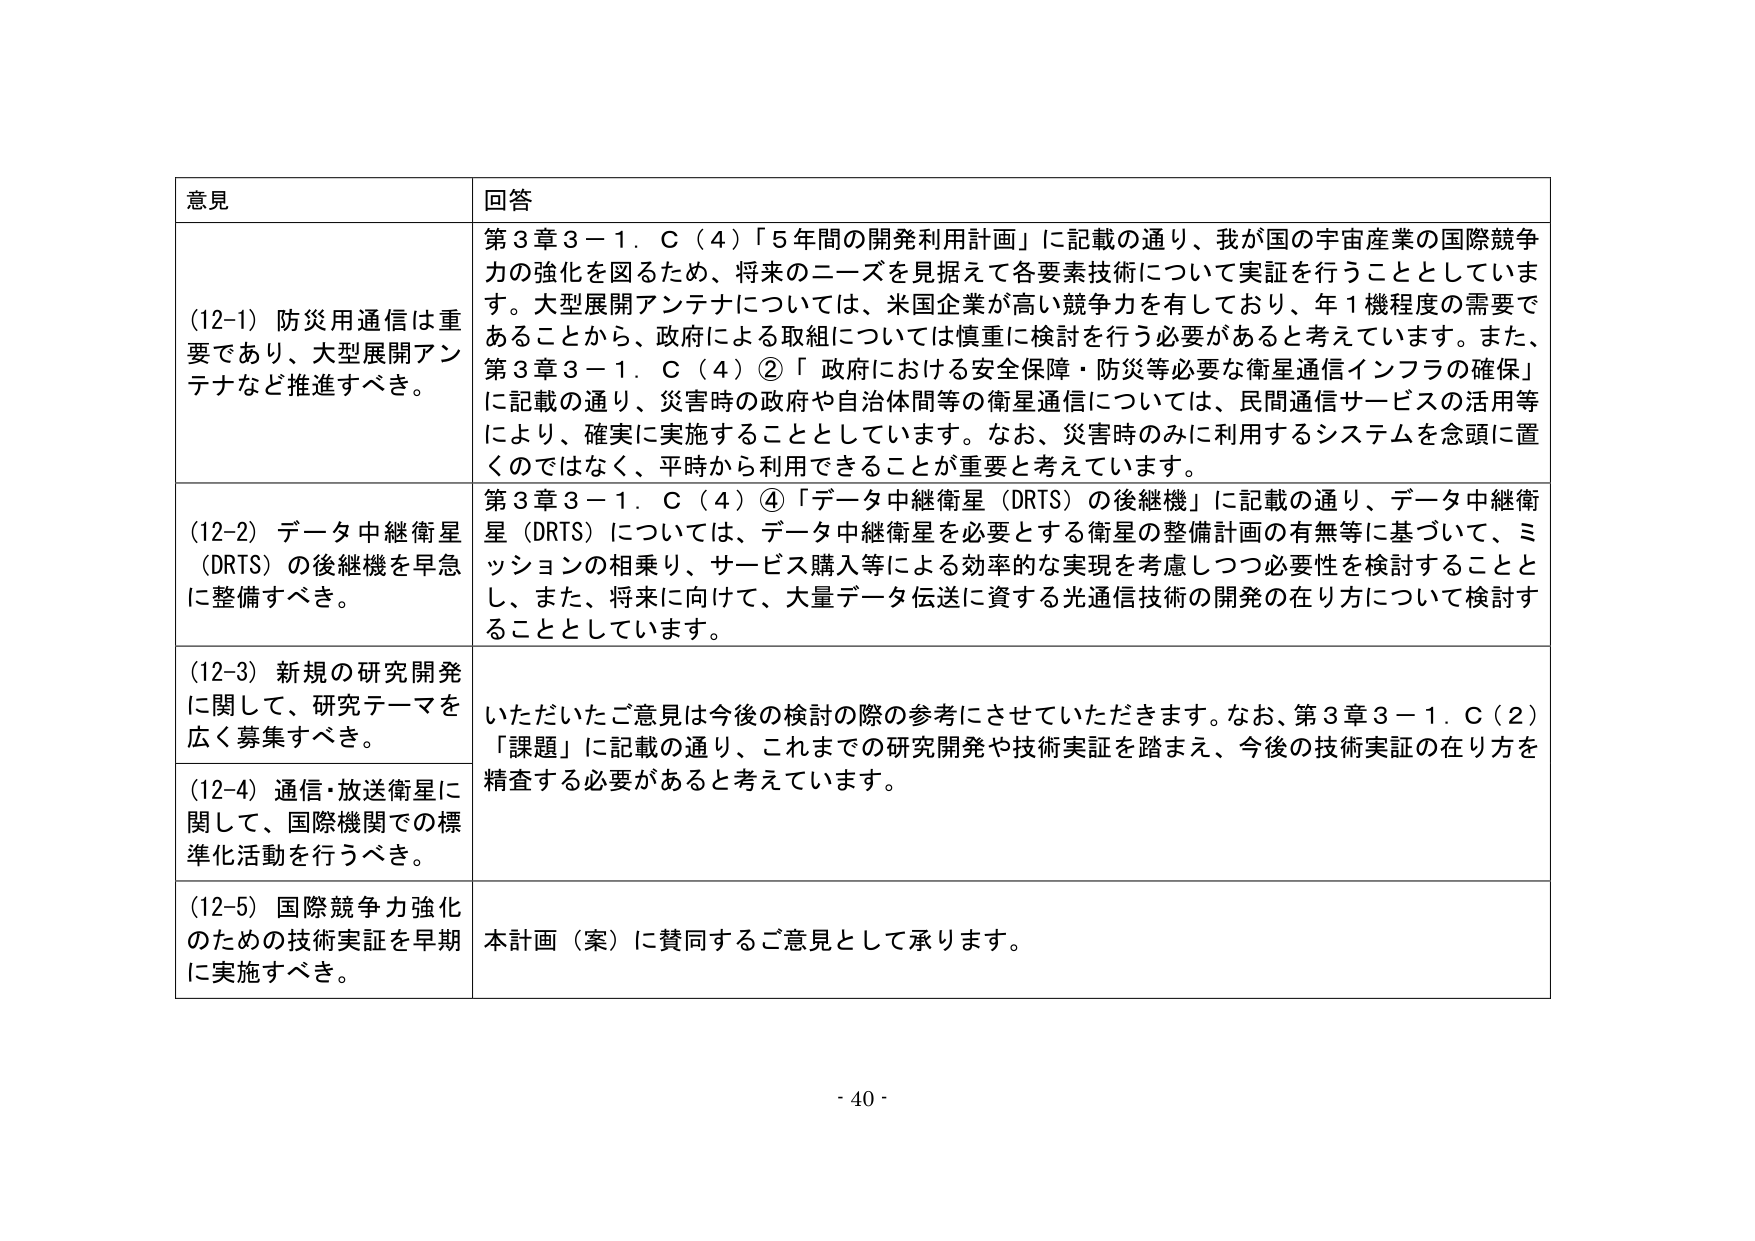
意見 回答
(12-1) 防災用通信は重要であり、大型展開アンテナなど推進すべき。
第3章3－1．C（4）「5年間の開発利用計画」に記載の通り、我が国の宇宙産業の国際競争力の強化を図るため、将来のニーズを見据えて各要素技術について実証を行うこととしています。大型展開アンテナについては、米国企業が高い競争力を有しており、年1機程度の需要であることから、政府による取組については慎重に検討を行う必要があると考えています。また、第3章3－1．C（4）②「政府における安全保障・防災等必要な衛星通信インフラの確保」に記載の通り、災害時の政府や自治体間等の衛星通信については、民間通信サービスの活用等により、確実に実施することとしています。なお、災害時のみに利用するシステムを念頭に置くのではなく、平時から利用できることが重要と考えています。
(12-2) データ中継衛星（DRTS）の後継機を早急に整備すべき。
第3章3－1．C（4）④「データ中継衛星（DRTS）の後継機」に記載の通り、データ中継衛星（DRTS）については、データ中継衛星を必要とする衛星の整備計画の有無等に基づいて、ミッションの相乗り、サービス購入等による効率的な実現を考慮しつつ必要性を検討することとし、また、将来に向けて、大量データ伝送に資する光通信技術の開発の在り方について検討することとしています。
(12-3) 新規の研究開発に関して、研究テーマを広く募集すべき。
いただいたご意見は今後の検討の際の参考にさせていただきます。なお、第3章3－1．C（2）「課題」に記載の通り、これまでの研究開発や技術実証を踏まえ、今後の技術実証の在り方を精査する必要があると考えています。
(12-4) 通信・放送衛星に関して、国際機関での標準化活動を行うべき。
(12-5) 国際競争力強化のための技術実証を早期に実施すべき。
本計画（案）に賛同するご意見として承ります。
- 40 -